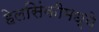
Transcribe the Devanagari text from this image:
हेलसिंकीमध्ये